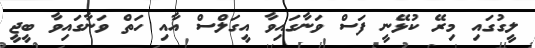
ލީގުގައި މިރޭ ކުޅޭނީ ފަސް ވަނާގައިވާ އީގަލްސް އާއި ހަތް ވަނާގައިވާ ބީޖީ